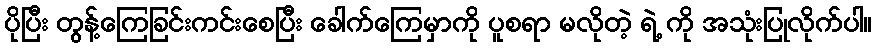
ပိုပြီး တွန့်ကြေခြင်းကင်းစေပြီး ခေါက်ကြေမှာကို ပူစရာ မလိုတဲ့ ရဲ့ ကို အသုံးပြုလိုက်ပါ။